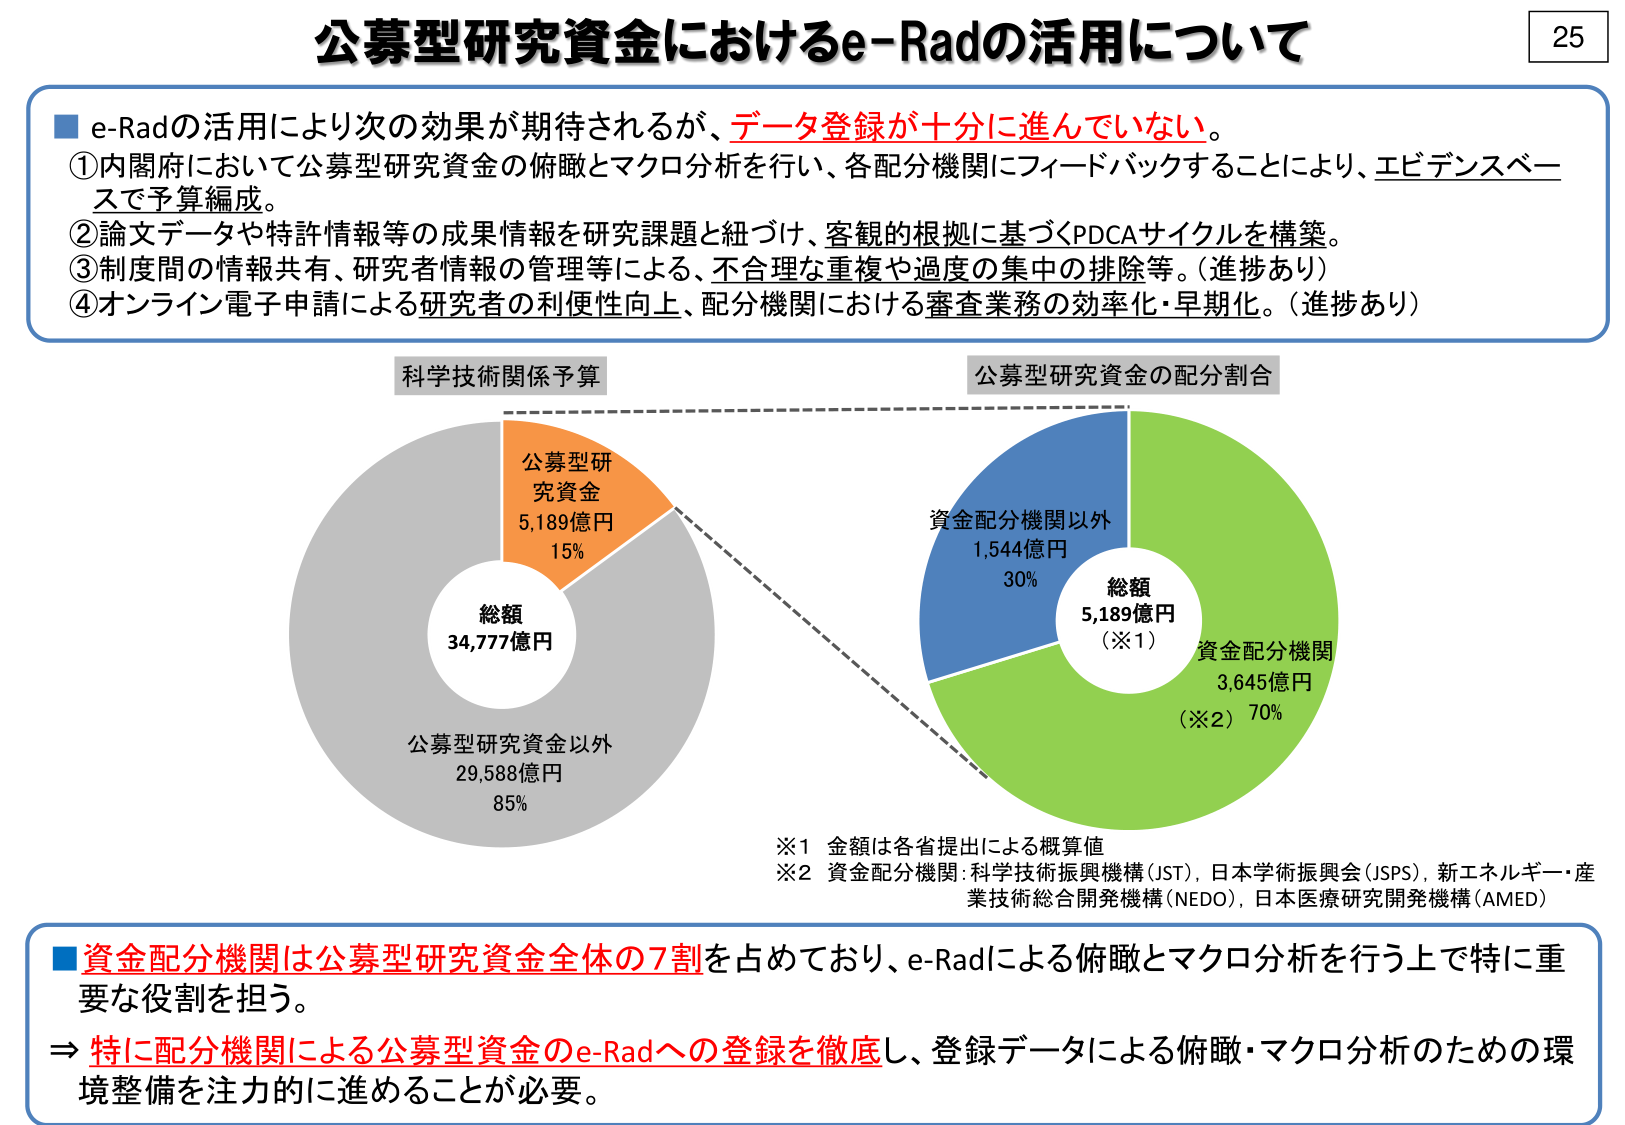
公募型研究資金におけるe-Radの活用について

■ e-Radの活用により次の効果が期待されるが、データ登録が十分に進んでいない。
①内閣府において公募型研究資金の俯瞰とマクロ分析を行い、各配分機関にフィードバックすることにより、エビデンスベースで予算編成。
②論文データや特許情報等の成果情報を研究課題と紐づけ、客観的根拠に基づくPDCAサイクルを構築。
③制度間の情報共有、研究者情報の管理等による、不合理な重複や過度の集中の排除等。（進捗あり）
④オンライン電子申請による研究者の利便性向上、配分機関における審査業務の効率化・早期化。（進捗あり）

科学技術関係予算
公募型研究資金
5,189億円
15%
総額
34,777億円
公募型研究資金以外
29,588億円
85%

公募型研究資金の配分割合
資金配分機関以外
1,544億円
30%
総額
5,189億円
（※1）
資金配分機関
3,645億円
（※2）70%

※1 金額は各省提出による概算値
※2 資金配分機関：科学技術振興機構（JST）、日本学術振興会（JSPS）、新エネルギー・産業技術総合開発機構（NEDO）、日本医療研究開発機構（AMED）

■ 資金配分機関は公募型研究資金全体の7割を占めており、e-Radによる俯瞰とマクロ分析を行う上で特に重要な役割を担う。
⇒ 特に配分機関による公募型資金のe-Radへの登録を徹底し、登録データによる俯瞰・マクロ分析のための環境整備を注力的に進めることが必要。

25